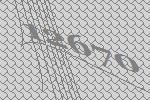
12670